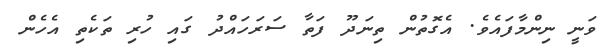
ވަނީ ނިންމާފައެވެ. އެގޮތުން ތިނަދޫ ފަތާ ސަރަހައްދު ގައި ހުރި ތަކެތި އެހެން